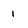
Character: 1